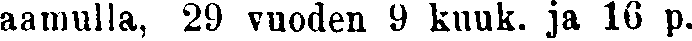
aamulla, 29 vuoden 9 kuuk. ja 16 p.